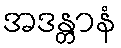
အဒန္တာနံ